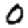
Digit: 0